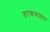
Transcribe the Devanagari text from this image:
तरकसतान